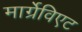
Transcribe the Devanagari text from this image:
मार्ग्रेविएट